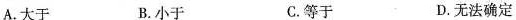
A.大于 B.小于 C.等于 D.无法确定